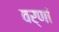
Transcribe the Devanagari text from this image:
वर्णां